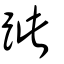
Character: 跐